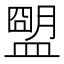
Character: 𥂗